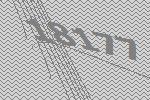
18177